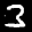
Label: 3